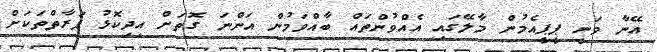
އޭނާ ވަނީ ޕީޕީއެމުން މާލޭގައި އެއްވުންތައް ބާއްވަމުން އަންނަ ގޮތަށް އިދިކޮޅު ފަރާތްތަކަށް